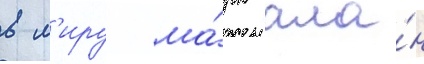
в м'иру ма́рк ала́н